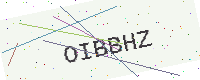
Text: OIBBHZ